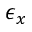
\epsilon _ { x }